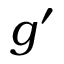
g ^ { \prime }